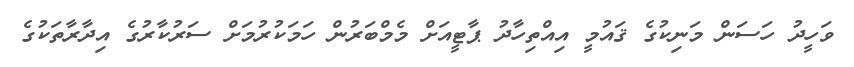
ވަހީދު ހަސަން މަނިކުގެ ޤައުމީ އިއްތިހާދު ޕާޓީއަށް މެމްބަރުން ހަމަކުރުމަށް ސަރުކާރުގެ އިދާރާތަކުގެ